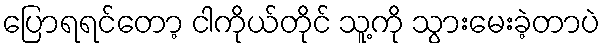
ပြောရရင်တော့ ငါကိုယ်တိုင် သူ့ကို သွားမေးခဲ့တာပဲ